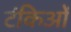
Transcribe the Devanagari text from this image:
टंकिओं